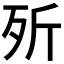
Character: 歽